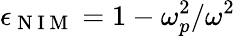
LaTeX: \epsilon_{\mathrm{~N~I~M~}}=1-\omega_{p}^{2}/\omega^{2}